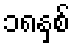
၁၈နှစ်